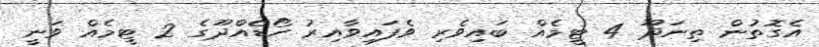
އެގޮތުން ތިނަދޫ 4 ޓީމެއް ބައިވެރި ވެފައިވާއިރު ހޯޑެއްދޫގެ 2 ޓީމެއް ވަނީ